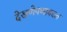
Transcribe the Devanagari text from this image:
देखणेपणाबद्दल